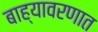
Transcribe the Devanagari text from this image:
बाह्यावरणात